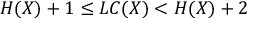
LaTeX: H ( X ) + 1 \leq L C ( X ) < H ( X ) + 2